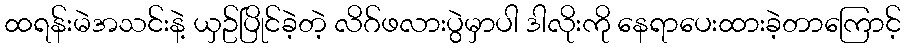
ထရန်းမဲအသင်းနဲ့ ယှဥ်ပြိုင်ခဲ့တဲ့ လိဂ်ဖလားပွဲမှာပါ ဒါလိုးကို နေရာပေးထားခဲ့တာကြောင့်